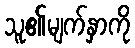
သူ၏မျက်နှာကို